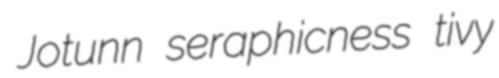
Jotunn seraphicness tivy